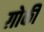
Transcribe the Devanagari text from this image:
ग़ोर्की